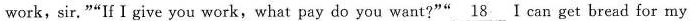
work,sir."“If I give you work, what pay do you want?"" \underline{18} I can get bread for my